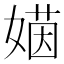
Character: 𡟻